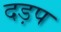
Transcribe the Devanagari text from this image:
दड़प